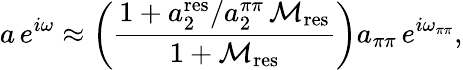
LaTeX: a\, e^{i\omega}\approx\left(\frac{1+a_{2}^{\mathrm{res}}/a_{2}^{\pi\pi}\, {\cal M}_{\mathrm{res}}}{1+{\cal M}_{\mathrm{res}}}\right)a_{\pi\pi}\, e^{i\omega_{\pi\pi}},